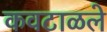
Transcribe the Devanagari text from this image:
कवटाळले